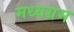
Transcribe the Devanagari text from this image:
मध्यग्रम